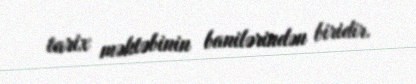
tarix məktəbinin banilərindən biridir.